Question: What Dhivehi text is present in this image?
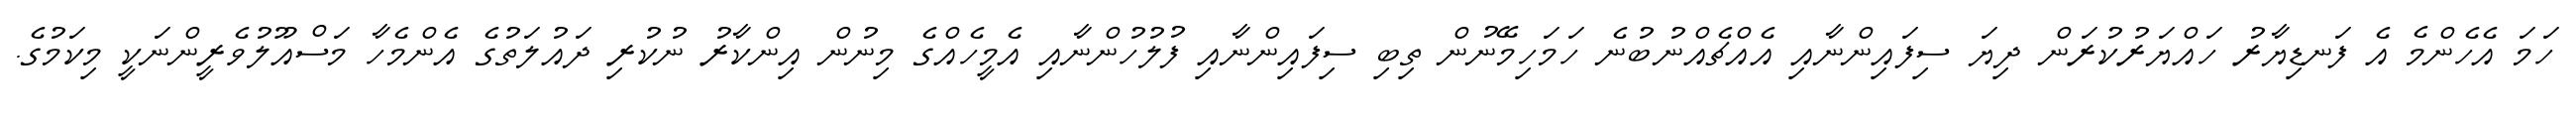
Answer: ހަމަ އެހެންމެ އެ ފަނޑިޔާރު ހައްޔަރުކުރަން ދިޔަ ސިފައިންނާއި އެއްޗެއްނުބުނެ ހަމަހިމޭނުން ތިބި ސިފައިންނާއި ފުލުހުންނާއި އެމީހެއްގެ މިނުން އިންކާރު ނުކުރި ދައުލަތުގެ އެންމެހާ މަސްއޫލުވެރީންނަކީ މިކަމުގެ.